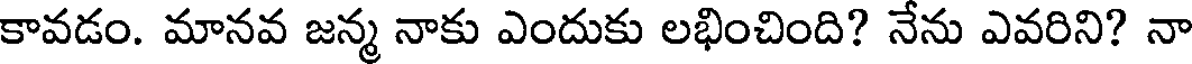
కావడం. మానవ జన్మ నాకు ఎందుకు లభించింది? నేను ఎవరిని? నా